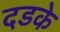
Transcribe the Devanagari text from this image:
दडके